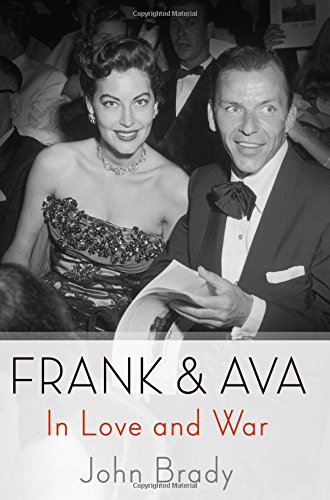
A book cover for Frank & Ava: In Love and War; John Brady; Humor & Entertainment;